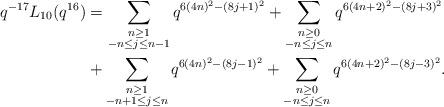
LaTeX: \begin{align*} \begin{aligned}q^{-17} L_{10}(q^{16}) &= \sum_{\substack{n \geq 1 \\ -n \leq j \leq n-1}} q^{6(4n)^2 - (8j+1)^2} + \sum_{\substack{n \geq 0 \\ -n \leq j \leq n}} q^{6(4n+2)^2 - (8j+3)^2} \\ &+ \sum_{\substack{n \geq 1 \\ -n+1 \leq j \leq n}} q^{6(4n)^2 - (8j-1)^2} + \sum_{\substack{n \geq 0 \\ -n \leq j \leq n}} q^{6(4n+2)^2 - (8j-3)^2}.\end{aligned}\end{align*}